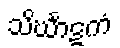
သိင်္ဃာဋကံ